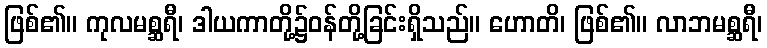
ဖြစ်၏။ ကုလမစ္ဆရီ၊ ဒါယကာတို့၌ဝန်တို့ခြင်းရှိသည်။ ဟောတိ၊ ဖြစ်၏။ လာဘမစ္ဆရီ၊